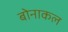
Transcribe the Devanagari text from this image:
बोनाकल